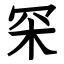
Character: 罙